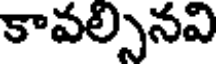
కావల్సినవి